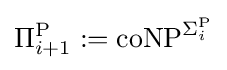
\Pi _{i+1}^{\mathrm {P} }:=\mathrm {coNP} ^{\Sigma _{i}^{\mathrm {P} }}